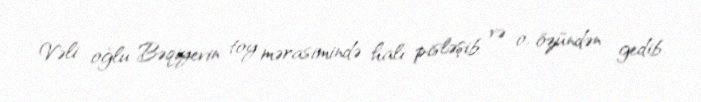
Vəli oğlu Bəqiyevin toy mərasimində halı pisləşib və o, özündən gedib.